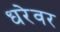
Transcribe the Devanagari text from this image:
धरेवर